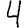
Digit: 4